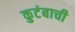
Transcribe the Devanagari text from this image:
कुटंबाची